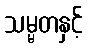
သမ္မတနှင့်